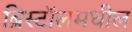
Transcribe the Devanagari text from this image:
ब्रिस्टॉलमधील